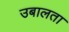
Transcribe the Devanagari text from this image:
उबालता